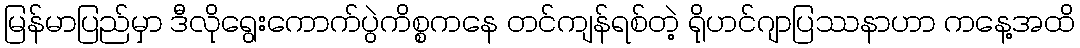
မြန်မာပြည်မှာ ဒီလိုရွေးကောက်ပွဲကိစ္စကနေ တင်ကျန်ရစ်တဲ့ ရိုဟင်ဂျာပြဿနာဟာ ကနေ့အထိ